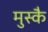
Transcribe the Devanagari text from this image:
मुस्कै